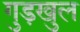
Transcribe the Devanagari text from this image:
गुड़खुल